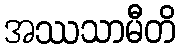
အဿသာမီတိ